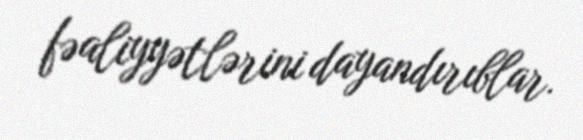
fəaliyyətlərini dayandırıblar.